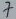
Text: 7